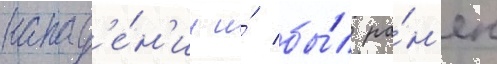
напад'е́н'ии и́ бы́л ра́н'ен